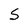
Character: S